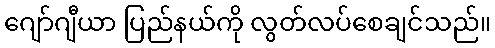
ဂျော်ဂျီယာ ပြည်နယ်ကို လွတ်လပ်စေချင်သည်။